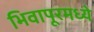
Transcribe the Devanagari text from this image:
भिवापूरमध्ये